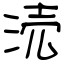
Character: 涜